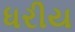
ધરીય